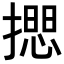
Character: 𢵃